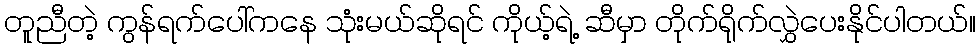
တူညီတဲ့ ကွန်ရက်ပေါ်ကနေ သုံးမယ်ဆိုရင် ကိုယ့်ရဲ့ ဆီမှာ တိုက်ရိုက်လွှဲပေးနိုင်ပါတယ်။